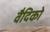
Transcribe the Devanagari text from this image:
वैदिको